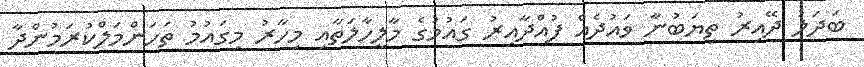
ބަދަލު ދޭއިރު ތިޔަބުނާ ވައުދެއް ފުއްދާއިރު ގައުމުގެ މާލީހާލަތާއި މިހާރު މިގައުމު ތަހަންމަލްކުރަމުންދާ